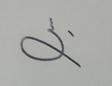
Signature authenticity: forged